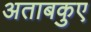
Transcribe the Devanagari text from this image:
अताबकुए